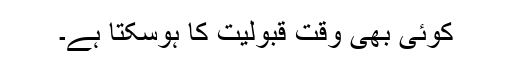
کوئی بھی وقت قبولیت کا ہوسکتا ہے۔